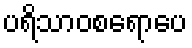
ပရိသာဝစရောပေ